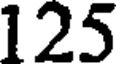
125